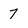
Character: 7